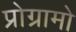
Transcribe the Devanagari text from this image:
प्रोग्रामो